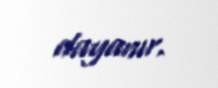
dayanır.